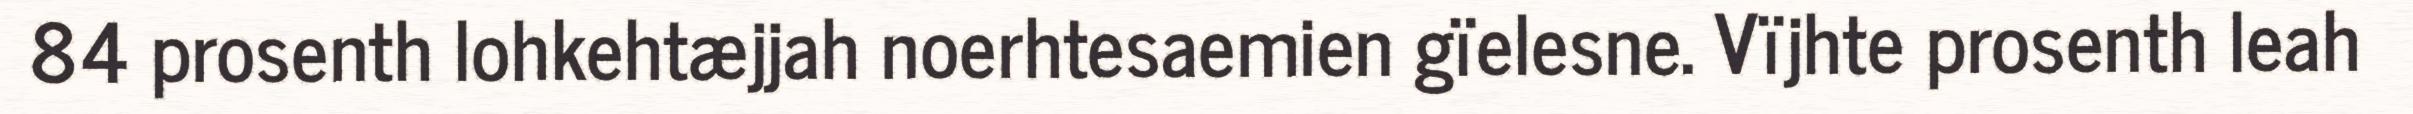
84 prosenth lohkehtæjjah noerhtesaemien gïelesne. Vïjhte prosenth leah